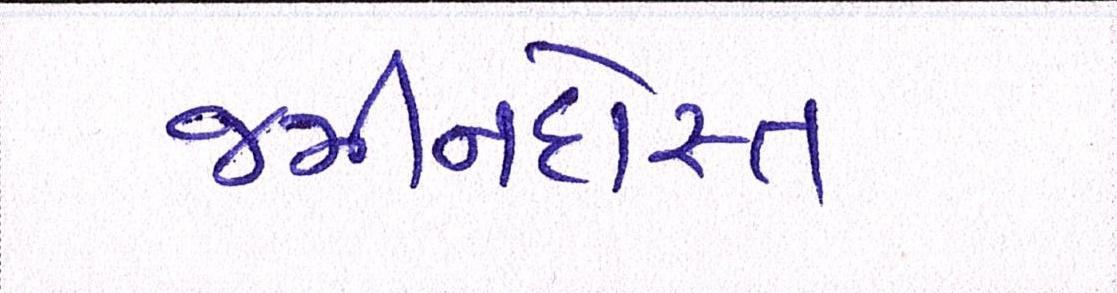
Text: જમીનદોસ્ત